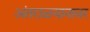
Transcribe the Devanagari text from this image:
अंतराळयानावर